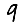
Digit: 9